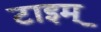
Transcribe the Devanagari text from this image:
टाइम्